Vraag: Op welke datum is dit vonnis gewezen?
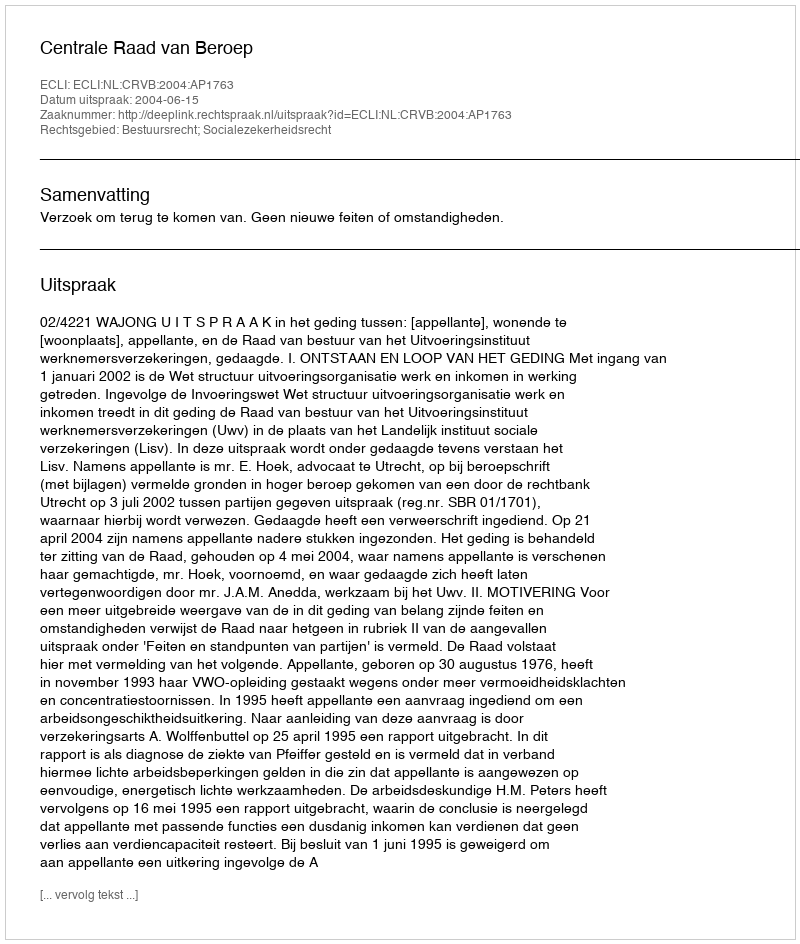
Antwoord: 2004-06-15